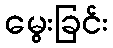
မွေးခြင်း